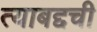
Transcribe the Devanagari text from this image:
त्याबद्दची